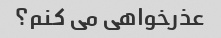
عذرخواهی می کنم؟